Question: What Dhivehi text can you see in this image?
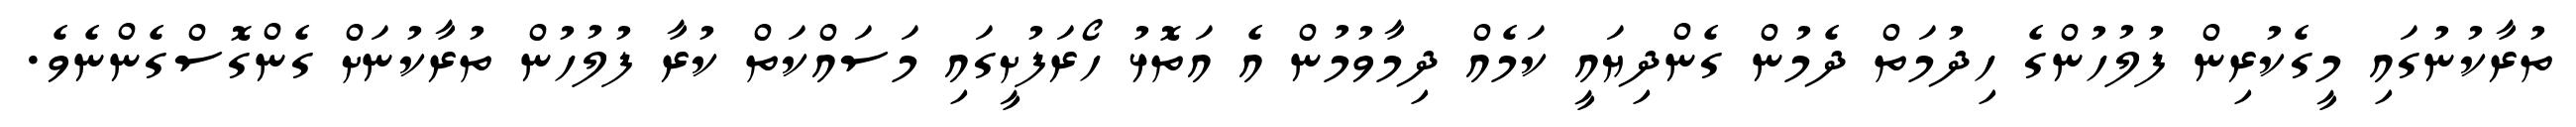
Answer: ތުރާކުނުގައި މީގެކުރިން ފުލުހުންގެ ހިދުމަތް ދެމުން ގެންދިޔައީ ކަމެއް ދިމާވުމުން އެ އަތޮޅު ހޯރަފުށީގައި މަސައްކަތް ކުރާ ފުލުހުން ތުރާކުނަށް ގެންގޮސްގެންނެވެ.